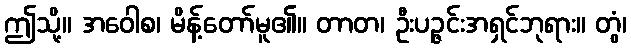
ဤသို့။ အဝေါစ၊ မိန့်တော်မူ၏။ တာတ၊ ဦးပဉ္ဇင်းအရှင်ဘုရား။ တွံ၊